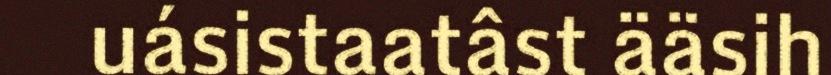
uásistaatâst ääsih